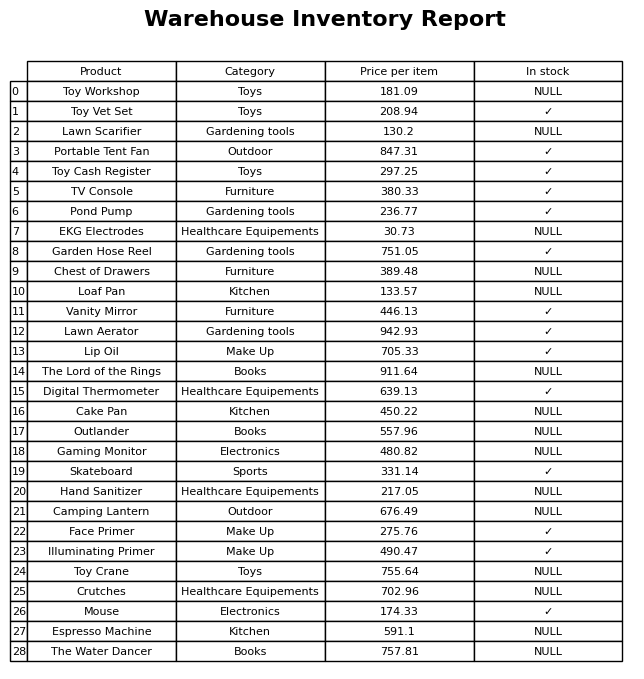
question: What is the price for Outlander?
answer: The price of Outlander is 557.96.